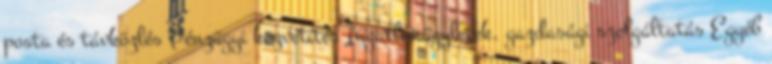
posta és távközlés Pénzügyi közvetítés Ingatlanügyletek, gazdasági szolgáltatás Egyéb